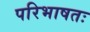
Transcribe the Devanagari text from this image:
परिभाषतः